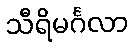
သီရိမင်္ဂလာ